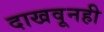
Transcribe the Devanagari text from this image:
दाखवूनही